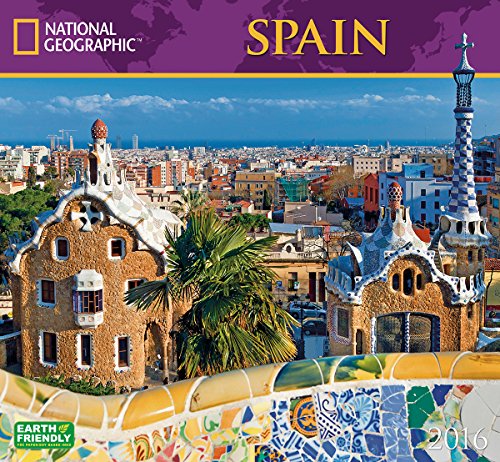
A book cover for Spain National Geographic 2016 Wall Calendar; National Geographic Society; Travel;